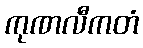
ကုဏလီကတံ